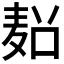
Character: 𱋏